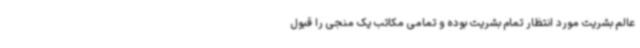
عالم بشریت مورد انتظار تمام بشریت بوده و تمامی مکاتب یک منجی را قبول